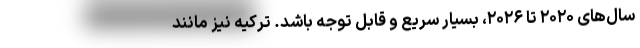
سال‌های ۲۰۲۰ تا ۲۰۲۶، بسیار سریع و قابل توجه باشد. ترکیه نیز مانند